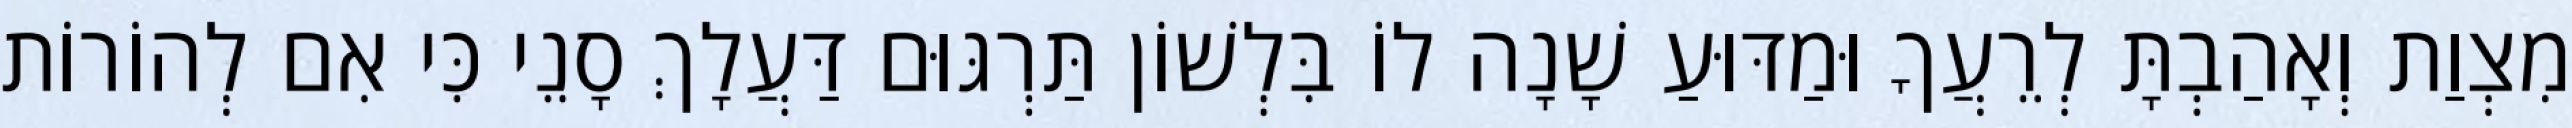
מִצְוַת וְאָהַבְתָּ לְרֵעֲךָ וּמַדּוּעַ שָׁנָה לוֹ בִּלְשׁוֹן תַּרְגּוּם דַּעֲלָךְ סָנֵי כִּי אִם לְהוֹרוֹת